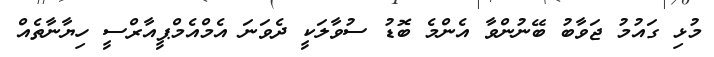
މުޅި ގައުމު ޖަވާބު ބޭނުންވާ އެންމެ ބޮޑު ސުވާލަކީ ދެވަނަ އެމްއެމްޕީއާރްސީ ހިޔާނާތެއް